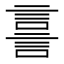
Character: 𧨟